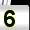
Digit: 5